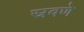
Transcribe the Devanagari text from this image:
स्रवणे